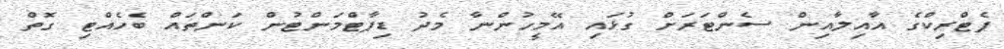
ޕެޓްރިކްގެ އާއިލާއިން ސެންޓަރަށް ގުޅައި އޭމީހުންނާ މެދު ޑިޕާޓްމަންޓުން ކަންތައް ބެހެއްޓި ގޮތް